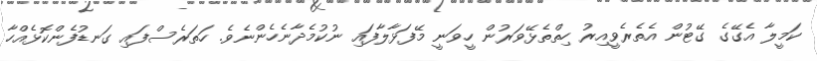
ކަމީލާ އެގޭގެ ގޭޓުން އެތެރެވީއިރު ހިތްތެޅޭވަރުން ހީވަނީ މޭފަޅާލާފައި ނުކުމެދާނެހެންނެވެ. ހަތަރެސްފައި ގަނޑުފެންކޮޅެއްހާ